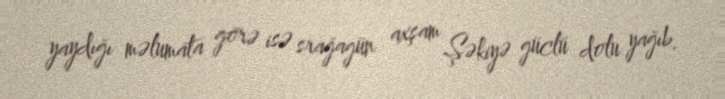
yaydığı məlumata görə isə srağagün axşam Şəkiyə güclü dolu yağıb.